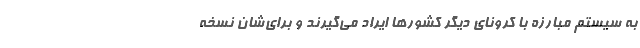
به سیستم مبارزه با کرونای دیگر کشورها ایراد می‌گیرند و برای‌شان نسخه